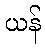
ယန်